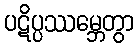
ပဋိပ္ပဿမ္ဘေတွာ